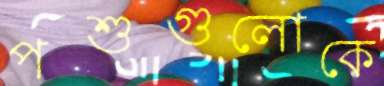
পশুগুলোকে